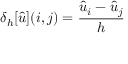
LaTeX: \delta _ { h } [ { \hat { u } } ] ( i , j ) = { \frac { { \hat { u } } _ { i } - { \hat { u } } _ { j } } { h } }